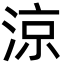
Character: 涼